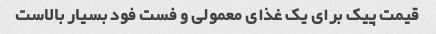
قیمت پیک برای یک غذای معمولی و فست فود بسیار بالاست